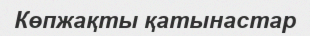
Көпжақты қатынастар